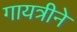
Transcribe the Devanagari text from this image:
गायत्रीने